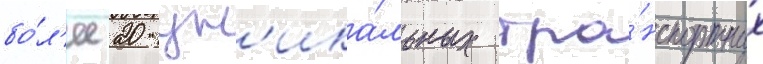
бо́л'ее 20 ун'ика́льных тра́нспортных